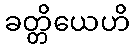
ခတ္တိယေဟိ